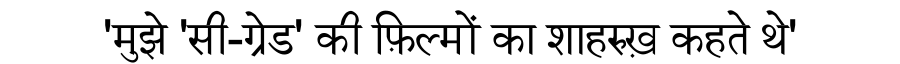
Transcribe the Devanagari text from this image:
'मुझे 'सी-ग्रेड' की फ़िल्मों का शाहरुख़ कहते थे'